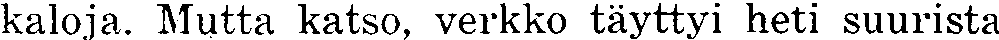
kaloja. Mutta katso, verkko täyttyi heti suurista